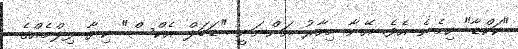
"ކަކްޑާ" ހިމެނެ އެވެ. އޭނާ މިހާރު އަންނަނީ "ޑަބަލް އެކްސް" ކިޔާ ފިލްމެއްގެ